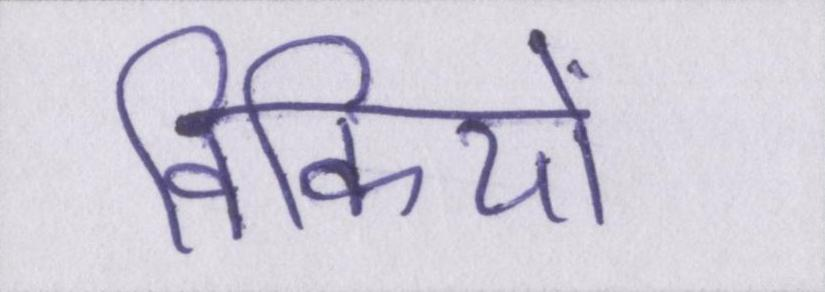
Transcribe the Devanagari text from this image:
विकियों